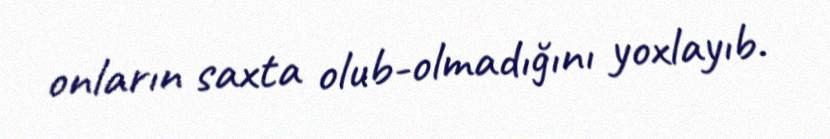
onların saxta olub-olmadığını yoxlayıb.